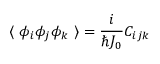
\langle ~ \phi _ { i } \phi _ { j } \phi _ { k } ~ \rangle = \frac { i } { \hbar J _ { 0 } } C _ { i j k }